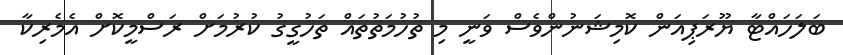
ބަލަހައްޓާ ޔޫރަޕިއަން ކޮމިޝަނުންވެސް ވަނީ މި ތުހުމަތުތައް ތަހުގީގު ކުރުމަށް ރަސްމީކޮށް އެމެރިކާ